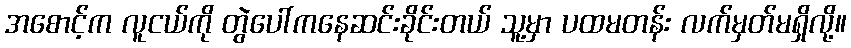
အစောင့်က လူငယ်ကို တွဲပေါ်ကနေဆင်းခိုင်းတယ် သူ့မှာ ပထမတန်း လက်မှတ်မရှိလို့။